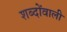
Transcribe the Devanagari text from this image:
शब्दोंवाली